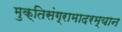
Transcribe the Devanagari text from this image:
मुक्तिसंग्रामादरम्यान